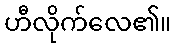
ဟီလိုက်လေ၏။